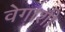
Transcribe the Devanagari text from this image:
वेगाशी